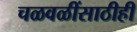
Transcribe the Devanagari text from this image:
चळवळींसाठीही